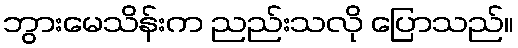
ဘွားမေသိန်းက ညည်းသလို ပြောသည်။